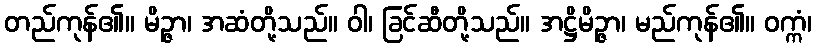
တည်ကုန်၏။ မိဉ္ဇာ၊ အဆံတို့သည်။ ဝါ၊ ခြင်ဆီတို့သည်။ အဋ္ဌိမိဉ္ဇာ၊ မည်ကုန်၏။ ဝက္ကံ၊